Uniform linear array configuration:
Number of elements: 24
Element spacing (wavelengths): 0.5
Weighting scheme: binomial
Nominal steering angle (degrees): -60
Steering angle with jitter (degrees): -61.862
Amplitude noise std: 0.05
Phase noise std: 0.05

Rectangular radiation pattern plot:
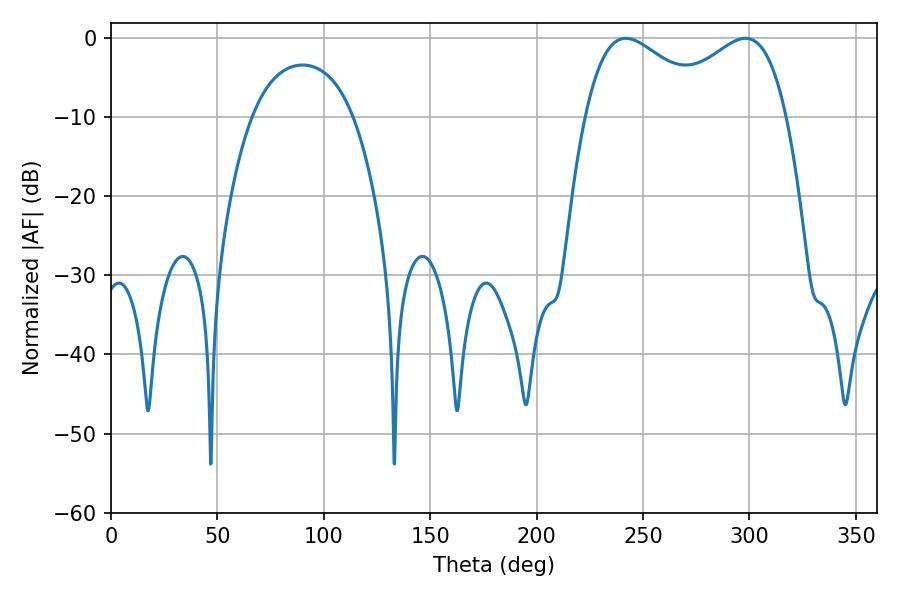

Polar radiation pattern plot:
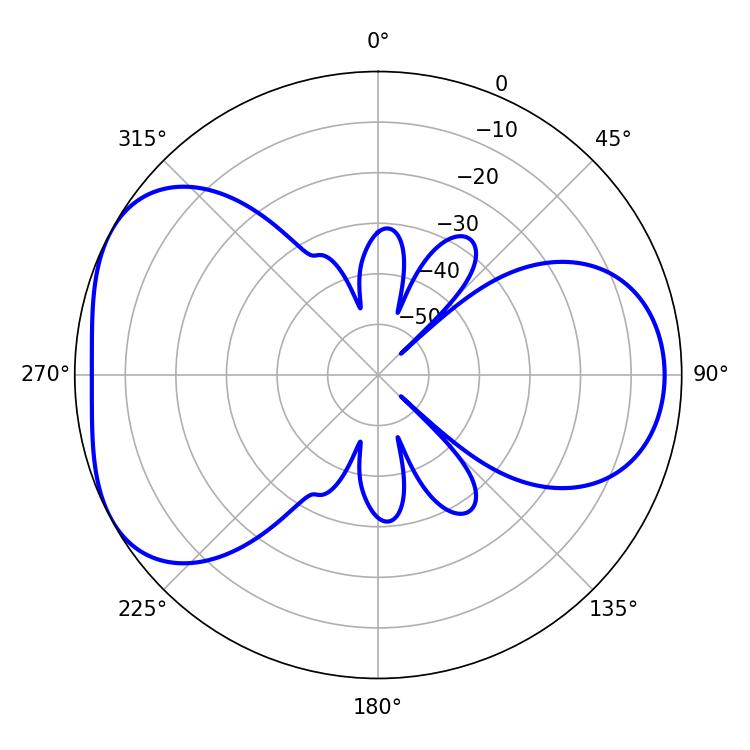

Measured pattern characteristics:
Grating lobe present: FALSE
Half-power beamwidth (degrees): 32.94
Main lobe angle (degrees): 241.92